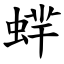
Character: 蝆